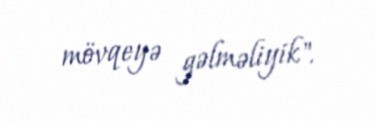
mövqeyə gəlməliyik".